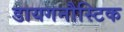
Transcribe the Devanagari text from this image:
डायगनौस्टिक